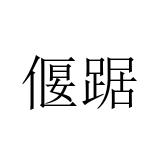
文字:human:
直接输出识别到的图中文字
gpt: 偃踞